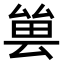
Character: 𠬀